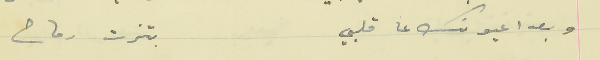
وبعدا عيونك عا قلبي                                          بتزت رماح